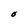
Character: O